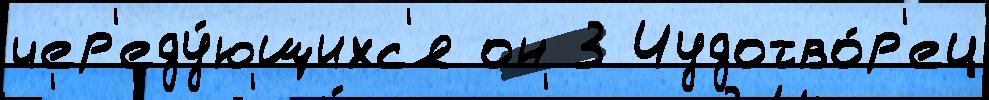
чер'еду́ющихс'я он 3 Чудотво́р'ец